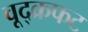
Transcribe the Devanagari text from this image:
वूद्क्रफट